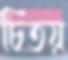
চিতয়